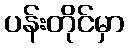
ပန်းတိုင်မှာ